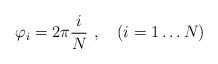
LaTeX: \begin{align*}\varphi_i = 2\pi \frac{i}{N} \ , \quad (i=1 \dots N)\end{align*}